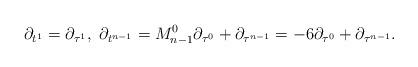
LaTeX: \begin{align*}\partial_{t^1}=\partial_{\tau^1},\ \partial_{t^{n-1}}=M_{n-1}^0\partial_{\tau^0}+\partial_{\tau^{n-1}}=-6\partial_{\tau^0}+\partial_{\tau^{n-1}}.\end{align*}